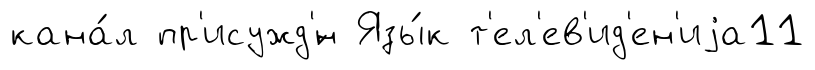
кана́л пр'исужд'́н Язы́к т'ел'ев'ид'ен'иjа11